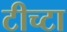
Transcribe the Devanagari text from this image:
टीच्टा